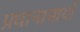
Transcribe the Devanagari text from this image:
प्रधानायार्या